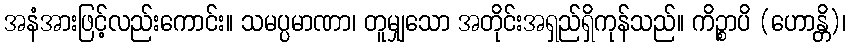
အနံအားဖြင့်လည်းကောင်း။ သမပ္ပမာဏာ၊ တူမျှသော အတိုင်းအရှည်ရှိကုန်သည်။ ကိဉ္စာပိ (ဟောန္တိ)၊